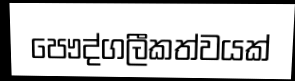
පෞද්ගලීකත්වයක්